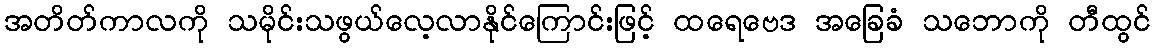
အတိတ်ကာလကို သမိုင်းသဖွယ်လေ့လာနိုင်ကြောင်းဖြင့် ထရေဗေဒ အခြေခံ သဘောကို တီထွင်